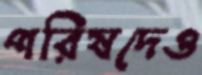
পরিষদেও